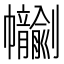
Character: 𢆂